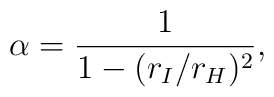
\alpha = \frac{1}{1 - (r_I/r_H)^2},